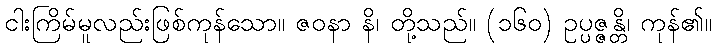
ငါးကြိမ်မူလည်းဖြစ်ကုန်သော။ ဇဝနာ နိ၊ တို့သည်။ (၁၆၀) ဥပ္ပဇ္ဇန္တိ၊ ကုန်၏။